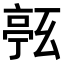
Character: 𠅹